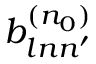
b _ { l n n ^ { \prime } } ^ { ( n _ { 0 } ) }